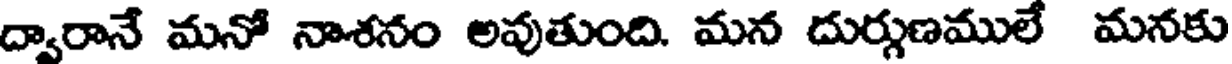
ద్వారానే మనో నాశనం అవుతుంది. మన దుర్గుణములే మనకు